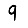
Digit: 9